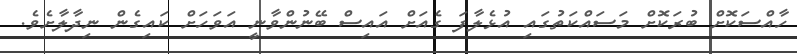
ހާއްސަކޮށް ބުރަކޮށް މަސައްކަތުގައި އުޅެލާފަ ގެއަށް އައިސް ބޭނުންވާނީ އަވަހަށް ކައިގެން ނިދާލާށެވެ.